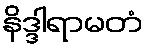
နိဒ္ဒါရာမတံ